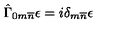
\hat { \Gamma } _ { 0 m \overline { { n } } } \epsilon = i \delta _ { m \overline { { n } } } \epsilon